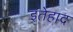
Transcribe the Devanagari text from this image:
इतेहाद